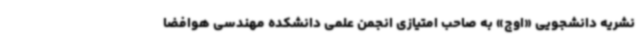
نشریه دانشجویی «اوج» به صاحب امتیازی انجمن علمی دانشکده مهندسی هوافضا